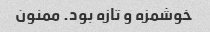
خوشمزه و تازه بود. ممنون